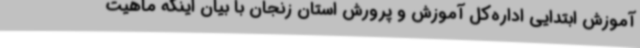
آموزش ابتدایی اداره‌کل آموزش و پرورش استان زنجان با بیان اینکه ماهیت